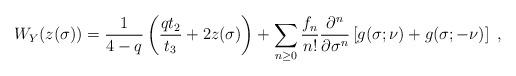
LaTeX: \begin{align*}W_Y(z(\sigma))=\frac{1}{4-q}\left(\frac{qt_2}{t_3}+2z(\sigma)\right)+\sum_{n\geq 0}\frac{f_n}{n!}\frac{\partial^n}{\partial\sigma^n}\left[g(\sigma;\nu)+g(\sigma;-\nu)\right]\ ,\end{align*}